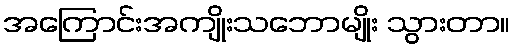
အကြောင်းအကျိုးသဘောမျိုး သွားတာ။